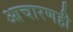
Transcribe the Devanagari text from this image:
आचारणही